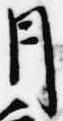
月